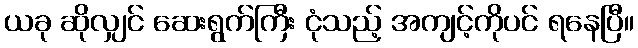
ယခု ဆိုလျှင် ဆေးရွက်ကြီး ငုံသည့် အကျင့်ကိုပင် ရနေပြီ။